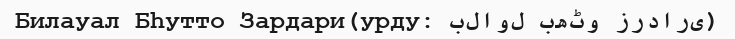
Билауал Бһутто Зардари(урду: بلاول بھٹو زرداری)